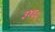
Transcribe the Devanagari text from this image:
३४६५